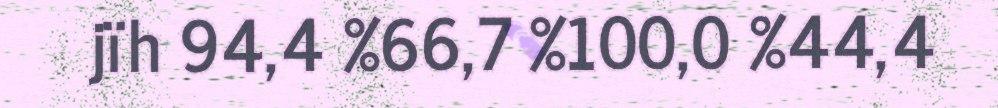
jïh 94,4 %66,7 %100,0 %44,4